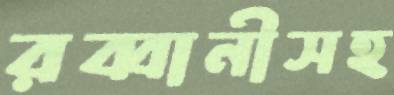
রব্বানীসহ